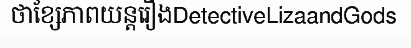
ថាខ្សែភាពយន្តរឿងDetectiveLizaandGods